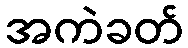
အကဲခတ်